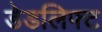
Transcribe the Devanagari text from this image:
डेडलिफ्ट